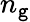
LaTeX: n_{\mathtt{g}}